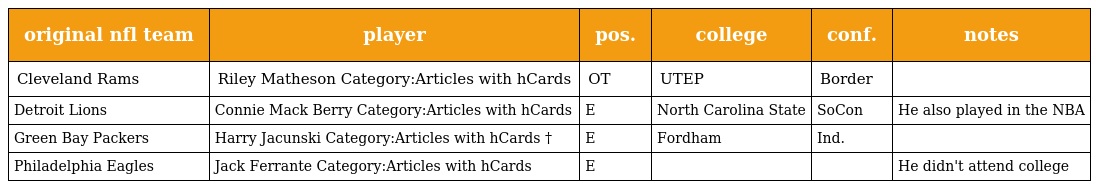
| original nfl team | player | pos. | college | conf. | notes |
 | --- | --- | --- | --- | --- | --- |
 | Cleveland Rams | Riley Matheson Category:Articles with hCards | OT | UTEP | Border |  |
 | Detroit Lions | Connie Mack Berry Category:Articles with hCards | E | North Carolina State | SoCon | He also played in the NBA |
 | Green Bay Packers | Harry Jacunski Category:Articles with hCards † | E | Fordham | Ind. |  |
 | Philadelphia Eagles | Jack Ferrante Category:Articles with hCards | E |  |  | He didn't attend college |